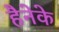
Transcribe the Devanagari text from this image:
हैनेके